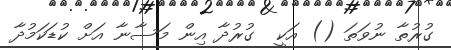
ގުރުތާ ނުވަތަ () އަކީ  ގުރުދާ އިން މަސާނާ އަށް ކުޑަކަމުދާ